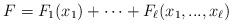
LaTeX: \begin{align*} F=F_1(x_1)+\cdots +F_\ell(x_1,...,x_\ell) \end{align*}